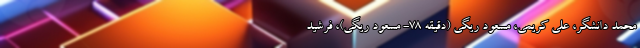
محمد دانشگر، علی کریمی، مسعود ریگی (دقیقه ۷۸- مسعود ریگی)، فرشید